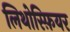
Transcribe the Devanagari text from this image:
लिथोस्फ़ियर